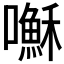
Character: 𫬥